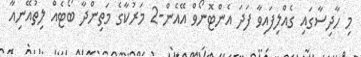
މި ހާދިސާގައި ގެއްލިފައިވާ ފަދަ އެންޓޮނޯވް އޭއެން-2 މަރުކާގެ މަތިންދާ ބޯޓެއް ލިތުއޭނިއާ